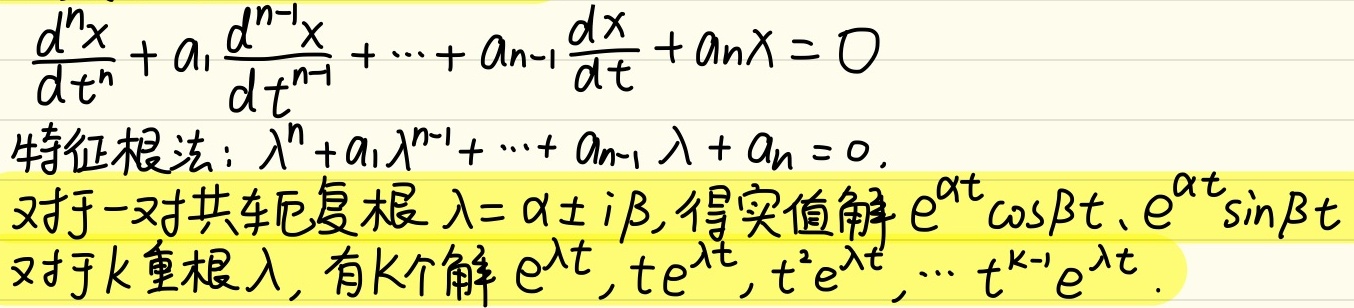
对于方程\(\frac{d^{n}x}{dt^{n}}+a_1\frac{d^{n - 1}x}{dt^{n - 1}}+\cdots+a_{n - 1}\frac{dx}{dt}+a_nx = 0\)，采用特征根法：其特征方程为\(\lambda^{n}+a_1\lambda^{n - 1}+\cdots+a_{n - 1}\lambda+a_n = 0\)。
对于一对共轭复根\(\lambda=\alpha\pm i\beta\)，可得实值解\(e^{\alpha t}\cos\beta t\)、\(e^{\alpha t}\sin\beta t\)。
对于\(k\)重根\(\lambda\)，有\(k\)个解\(e^{\lambda t},te^{\lambda t},t^{2}e^{\lambda t},\cdots,t^{k - 1}e^{\lambda t}\)。